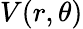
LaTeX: V(r,\theta)